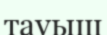
тауыш